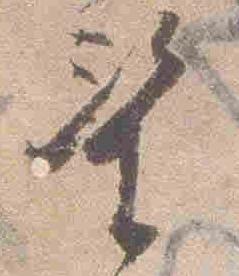
望